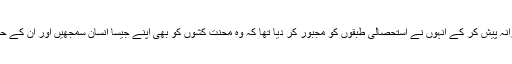
اور اپنی جانوں کا نذرانہ پیش کر کے انہوں نے استحصالی طبقوں کو مجبور کر دیا تھا کہ وہ محنت کشوں کو بھی اپنے جیسا انسان سمجھیں اور ان کے حقوق کا اعتراف کریں۔